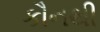
કૌનથી